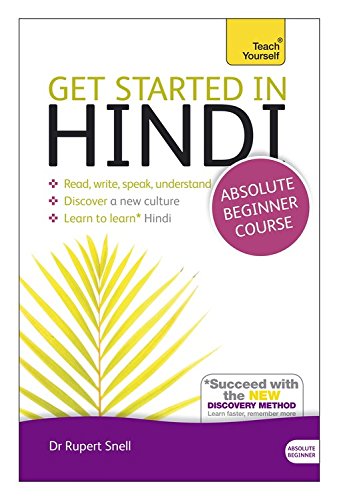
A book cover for Get Started in Hindi Absolute Beginner Course: The essential introduction to reading, writing, speaking and understanding a new language (Teach Yourself Language); Rupert Snell; Travel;